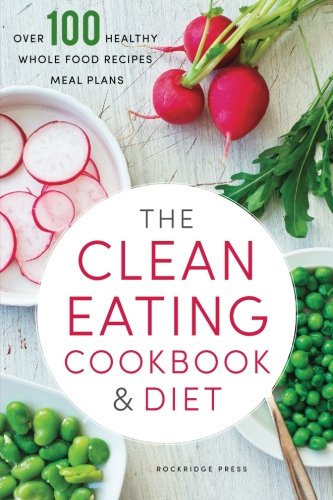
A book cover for Clean Eating Cookbook & Diet: Over 100 Healthy Whole Food Recipes & Meal Plans; Rockridge Press; Cookbooks, Food & Wine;